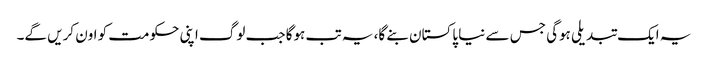
یہ ایک تبدیلی ہوگی جس سے نیا پاکستان بنے گا، یہ تب ہوگا جب لوگ اپنی حکومت کو اون کریں گے۔